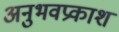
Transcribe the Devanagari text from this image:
अनुभवप्रकाश